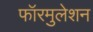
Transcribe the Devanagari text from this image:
फॉरमुलेशन